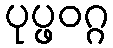
ပုပ္ဖဝဂ္ဂ